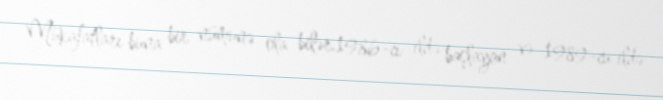
Mükafatları buna bir nümunə ola bilər.1986-cı ildə başlayan və 1989-cu ildə